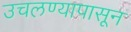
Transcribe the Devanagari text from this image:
उचलण्यापासून